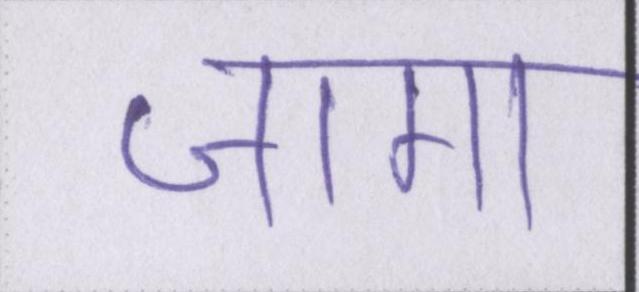
जागा